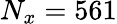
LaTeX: N_{x}=561